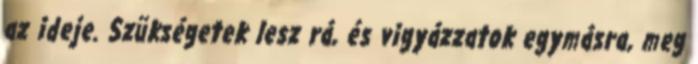
az ideje. Szükségetek lesz rá, és vigyázzatok egymásra, meg